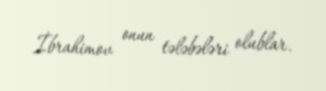
İbrahimov onun tələbələri olublar.